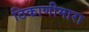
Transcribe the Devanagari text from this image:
ठिकाणीमारा